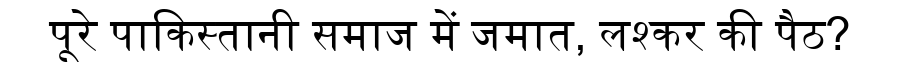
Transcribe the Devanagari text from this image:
पूरे पाकिस्तानी समाज में जमात, लश्कर की पैठ?